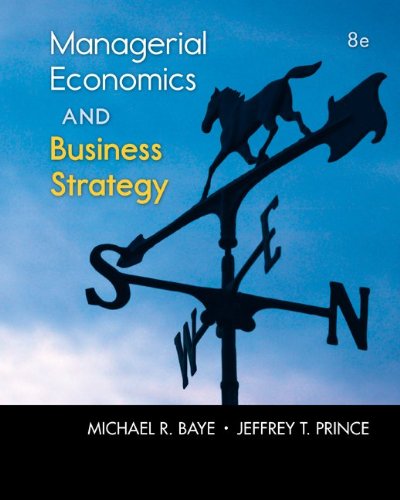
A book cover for Managerial Economics & Business Strategy (Mcgraw-Hill Economics); Michael Baye; Business & Money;